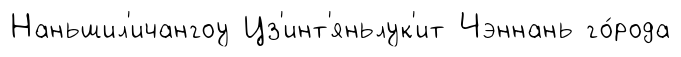
Наньшил'ичангоу Цз'инт'яньлук'ит Чэннань го́рода